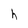
Character: h